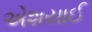
એશયાઈ